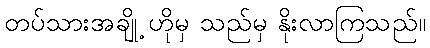
တပ်သားအချို့ ဟိုမှ သည်မှ နိုးလာကြသည်။